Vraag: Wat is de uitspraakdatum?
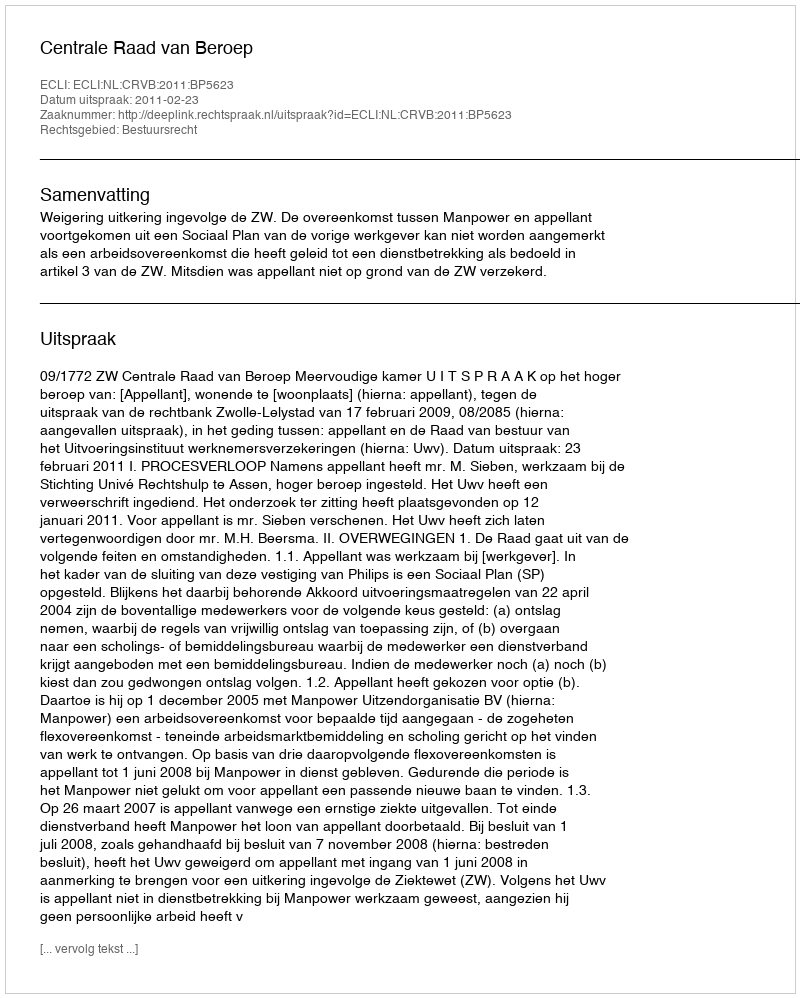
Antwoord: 2011-02-23